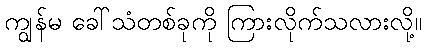
ကျွန်မ ခေါ်သံတစ်ခုကို ကြားလိုက်သလားလို့။